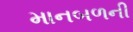
માનબળની